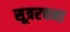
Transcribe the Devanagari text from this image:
सूत्ररचना